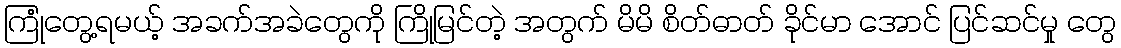
ကြုံတွေ့ရမယ့် အခက်အခဲတွေကို ကြိုမြင်တဲ့ အတွက် မိမိ စိတ်ဓာတ် ခိုင်မာ အောင် ပြင်ဆင်မှု တွေ